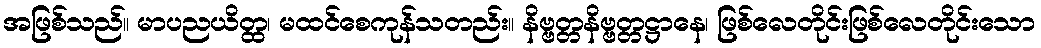
အဖြစ်သည်။ မာပညယိတ္ထ၊ မထင်စေကုန်သတည်း။ နိဗ္ဗတ္တနိဗ္ဗတ္တဋ္ဌာနေ၊ ဖြစ်လေတိုင်းဖြစ်လေတိုင်းသော